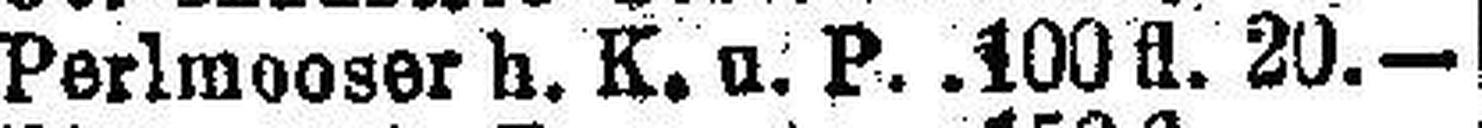
Perlmooser h. K. u. P. 100 fl. 20.—